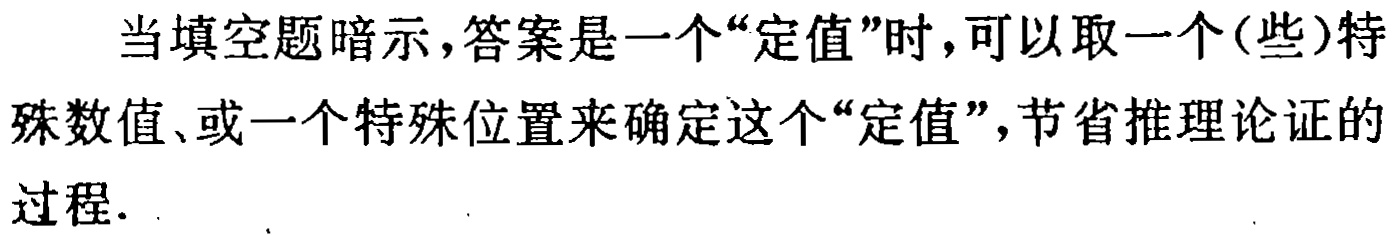
当填空题暗示，答案是一个“定值”时，可以取一个(些)特殊数值、或一个特殊位置来确定这个“定值”，节省推理论证的过程.